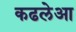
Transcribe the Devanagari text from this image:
कढलेआ